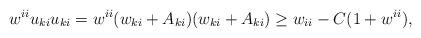
LaTeX: \begin{align*} w^{ii}u_{ki}u_{ki} = w^{ii}(w_{ki}+A_{ki})(w_{ki}+A_{ki}) \geq w_{ii}-C(1+w^{ii}), \end{align*}